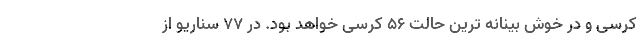
کرسی و در خوش بینانه ترین حالت 56 کرسی خواهد بود. در 77 سناریو از